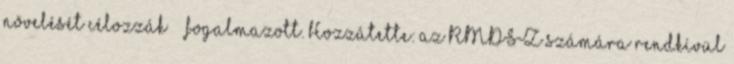
növelését célozzák” – fogalmazott. Hozzátette: az RMDSZ számára rendkívül